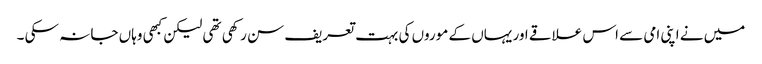
میں نے اپنی امی سے اس علاقے اور یہاں کے موروں کی بہت تعریف سن رکھی تھی لیکن کبھی وہاں جا نہ سکی ۔